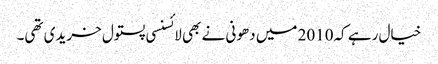
خیال رہے کہ2010 میں دھونی نے بھی لائسنسی پستول خریدی تھی۔